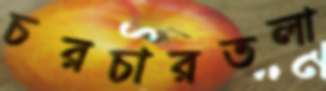
চরচারতলা